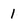
Character: 1